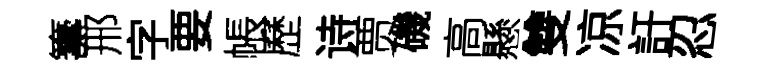
籌邢字要帳歷诗贾磯高懸雙凉訏忍